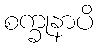
စက္ခုနာပိ